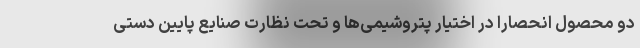
دو محصول انحصارا در اختیار پتروشیمی‌ها و تحت نظارت صنایع پایین دستی